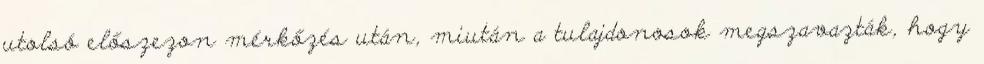
utolsó előszezon mérkőzés után, miután a tulajdonosok megszavazták, hogy